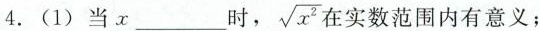
4. (1) 当x___时， \sqrt{x^{2}}实数范围内有意义；